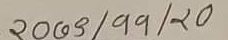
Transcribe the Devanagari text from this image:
२०७३/११/२०